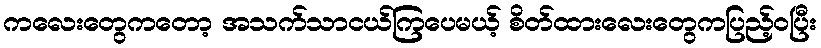
ကလေးတွေကတော့ အသက်သာငယ်ကြပေမယ့် စိတ်ထားလေးတွေကပြည့်ဝပြီး